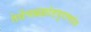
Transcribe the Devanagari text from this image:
तेथेंचब्रह्मांडपुराणांत